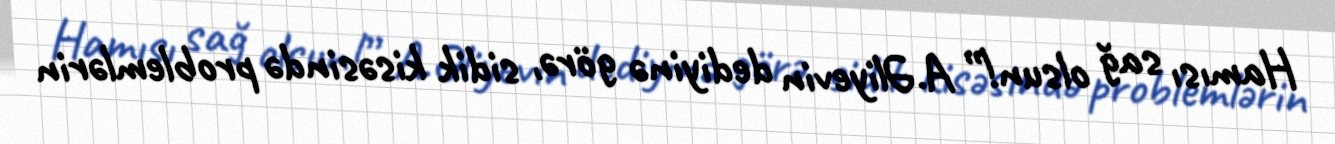
Hamısı sağ olsun!” A.Əliyevin dediyinə görə, sidik kisəsində problemlərin